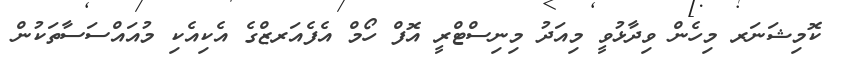
ކޮމިޝަނަރ މިހެން ވިދާޅުވީ މިއަދު މިނިސްޓްރީ އޮފް ހޯމް އެފެއަރޒްގެ އެކިއެކި މުއައްސަސާތަކުން